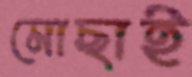
মোছাই